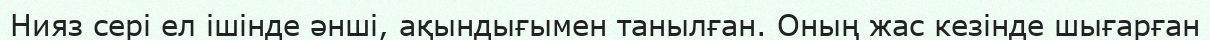
Нияз сері ел ішінде әнші, ақындығымен танылған. Оның жас кезінде шығарған